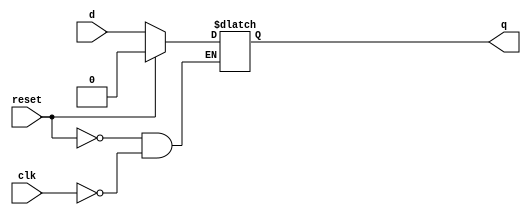
module bad_latch (
	input 		clk , 
	input 		reset , 
	input 		d , 
	output 	reg 	q
);

// here if d changes then output wont change
always @ (clk,reset)
begin
	if(reset)
		q <= 1'b0;
	else if(clk)
		q <= d;
end

endmodule